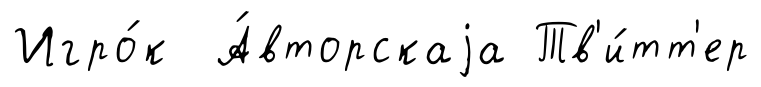
Игро́к А́вторскаjа Тв'и́тт'ер